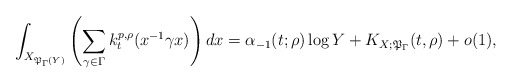
\begin{align*}\int_{X_{\mathfrak{P}_{\Gamma}(Y)}}\left(\sum_{\gamma\in\Gamma} k_t^{p,\rho}(x^{-1}\gamma x)\right)dx=\alpha_{-1}(t;\rho)\log{Y}+K_{X;\mathfrak{P}_{\Gamma}}(t,\rho)+o(1),\end{align*}